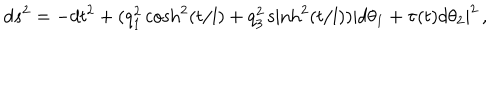
d s ^ { 2 } = - d t ^ { 2 } + ( q _ { 1 } ^ { 2 } \cosh ^ { 2 } ( t / l ) + q _ { 3 } ^ { 2 } \sinh ^ { 2 } ( t / l ) ) | d \theta _ { 1 } + \tau ( t ) d \theta _ { 2 } | ^ { 2 } \, ,